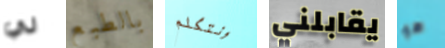
لي بالطبع ونتكلم يقابلني هو